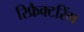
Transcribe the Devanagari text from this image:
रिफ्रैक्टरिंग